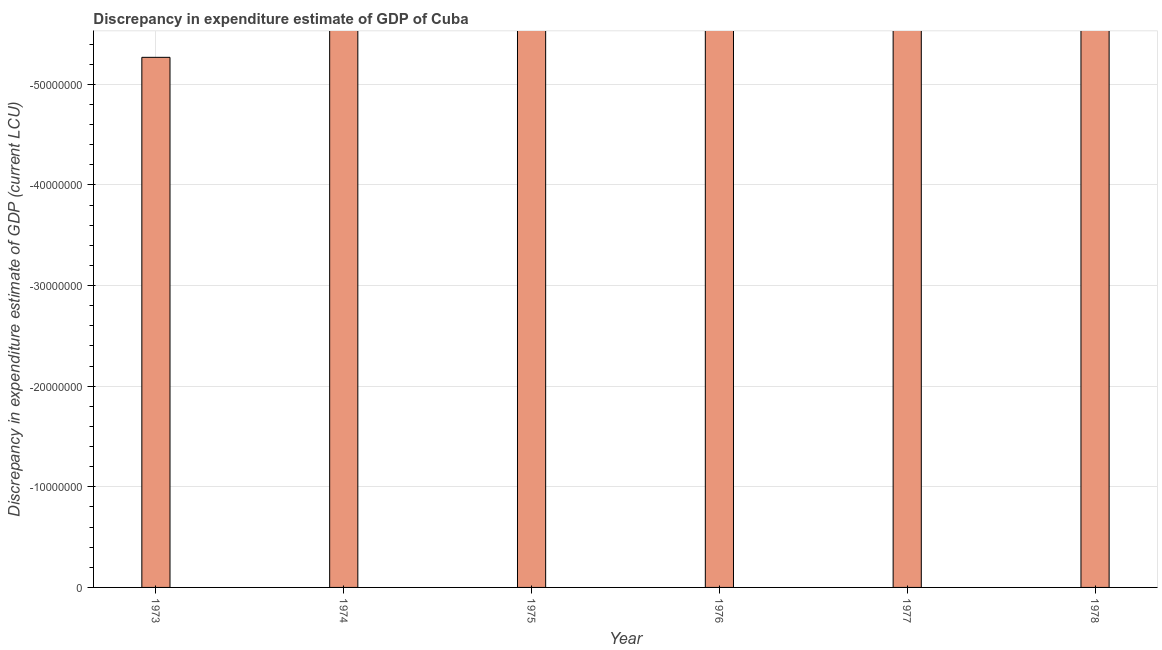
| Year | Discrepancy current LCU |
 | --- | --- |
 | 1973 | -5.27e+07 |
 | 1974 | -5.97e+07 |
 | 1975 | -6.69e+07 |
 | 1976 | -7.18e+07 |
 | 1977 | -7.58e+07 |
 | 1978 | -8.8e+07 |